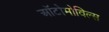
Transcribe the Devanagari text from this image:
ऑटोमोविल्स